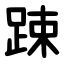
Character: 踈